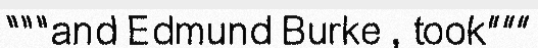
"""and Edmund Burke , took"""